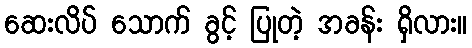
ဆေးလိပ် သောက် ခွင့် ပြုတဲ့ အခန်း ရှိလား။